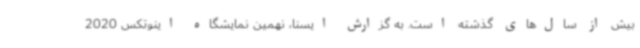
بیش از سال‌های گذشته است. به گزارش ایسنا، نهمین نمایشگاه اینوتکس 2020